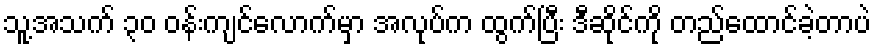
သူ့အသက် ၃၀ ဝန်းကျင်လောက်မှာ အလုပ်က ထွက်ပြီး ဒီဆိုင်ကို တည်ထောင်ခဲ့တာပဲ